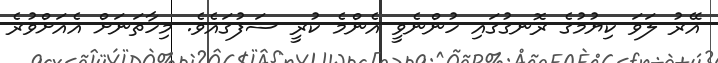
އޭރު ލަވަ ކިޔުމުގެ ރޮނގުގައި ހުންނެވީ އެންމެ ކުރީ ސަފުގައެވެ. މިހާތަނަށް އެއަށްވުރެ